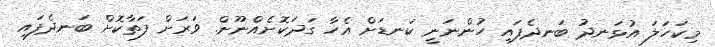
މިކަހަލަ އުޅަނދު ބަނދެފައި ހުންނަނީ ކަނޑަށް އެހާ ގަދަކޮށެއްނޫން. ވަރަށް ފަތާކޮށް ބަނދެފައި